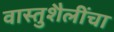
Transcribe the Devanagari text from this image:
वास्तुशैलींचा